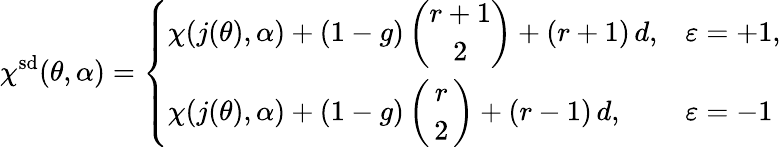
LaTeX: \chi^{\smash{\mathrm{sd}}}(\theta,\alpha)=\left\{ \begin{array}{ll}{\displaystyle\chi(j(\theta),\alpha)+(1-g)\, \binom{r+1}{2}+(r+1)\, d,}&{\varepsilon=+1,}\\ {\displaystyle\chi(j(\theta),\alpha)+(1-g)\, \binom{r}{\, 2\, }+(r-1)\, d,}&{\varepsilon=-1}\end{array}\right.